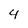
Character: 4